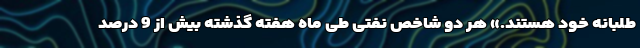
طلبانه خود هستند.» هر دو شاخص نفتی طی ماه هفته گذشته بیش از 9 درصد